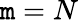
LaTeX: \mathtt{m}=N